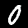
Label: 0